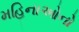
મહિનાઓનો